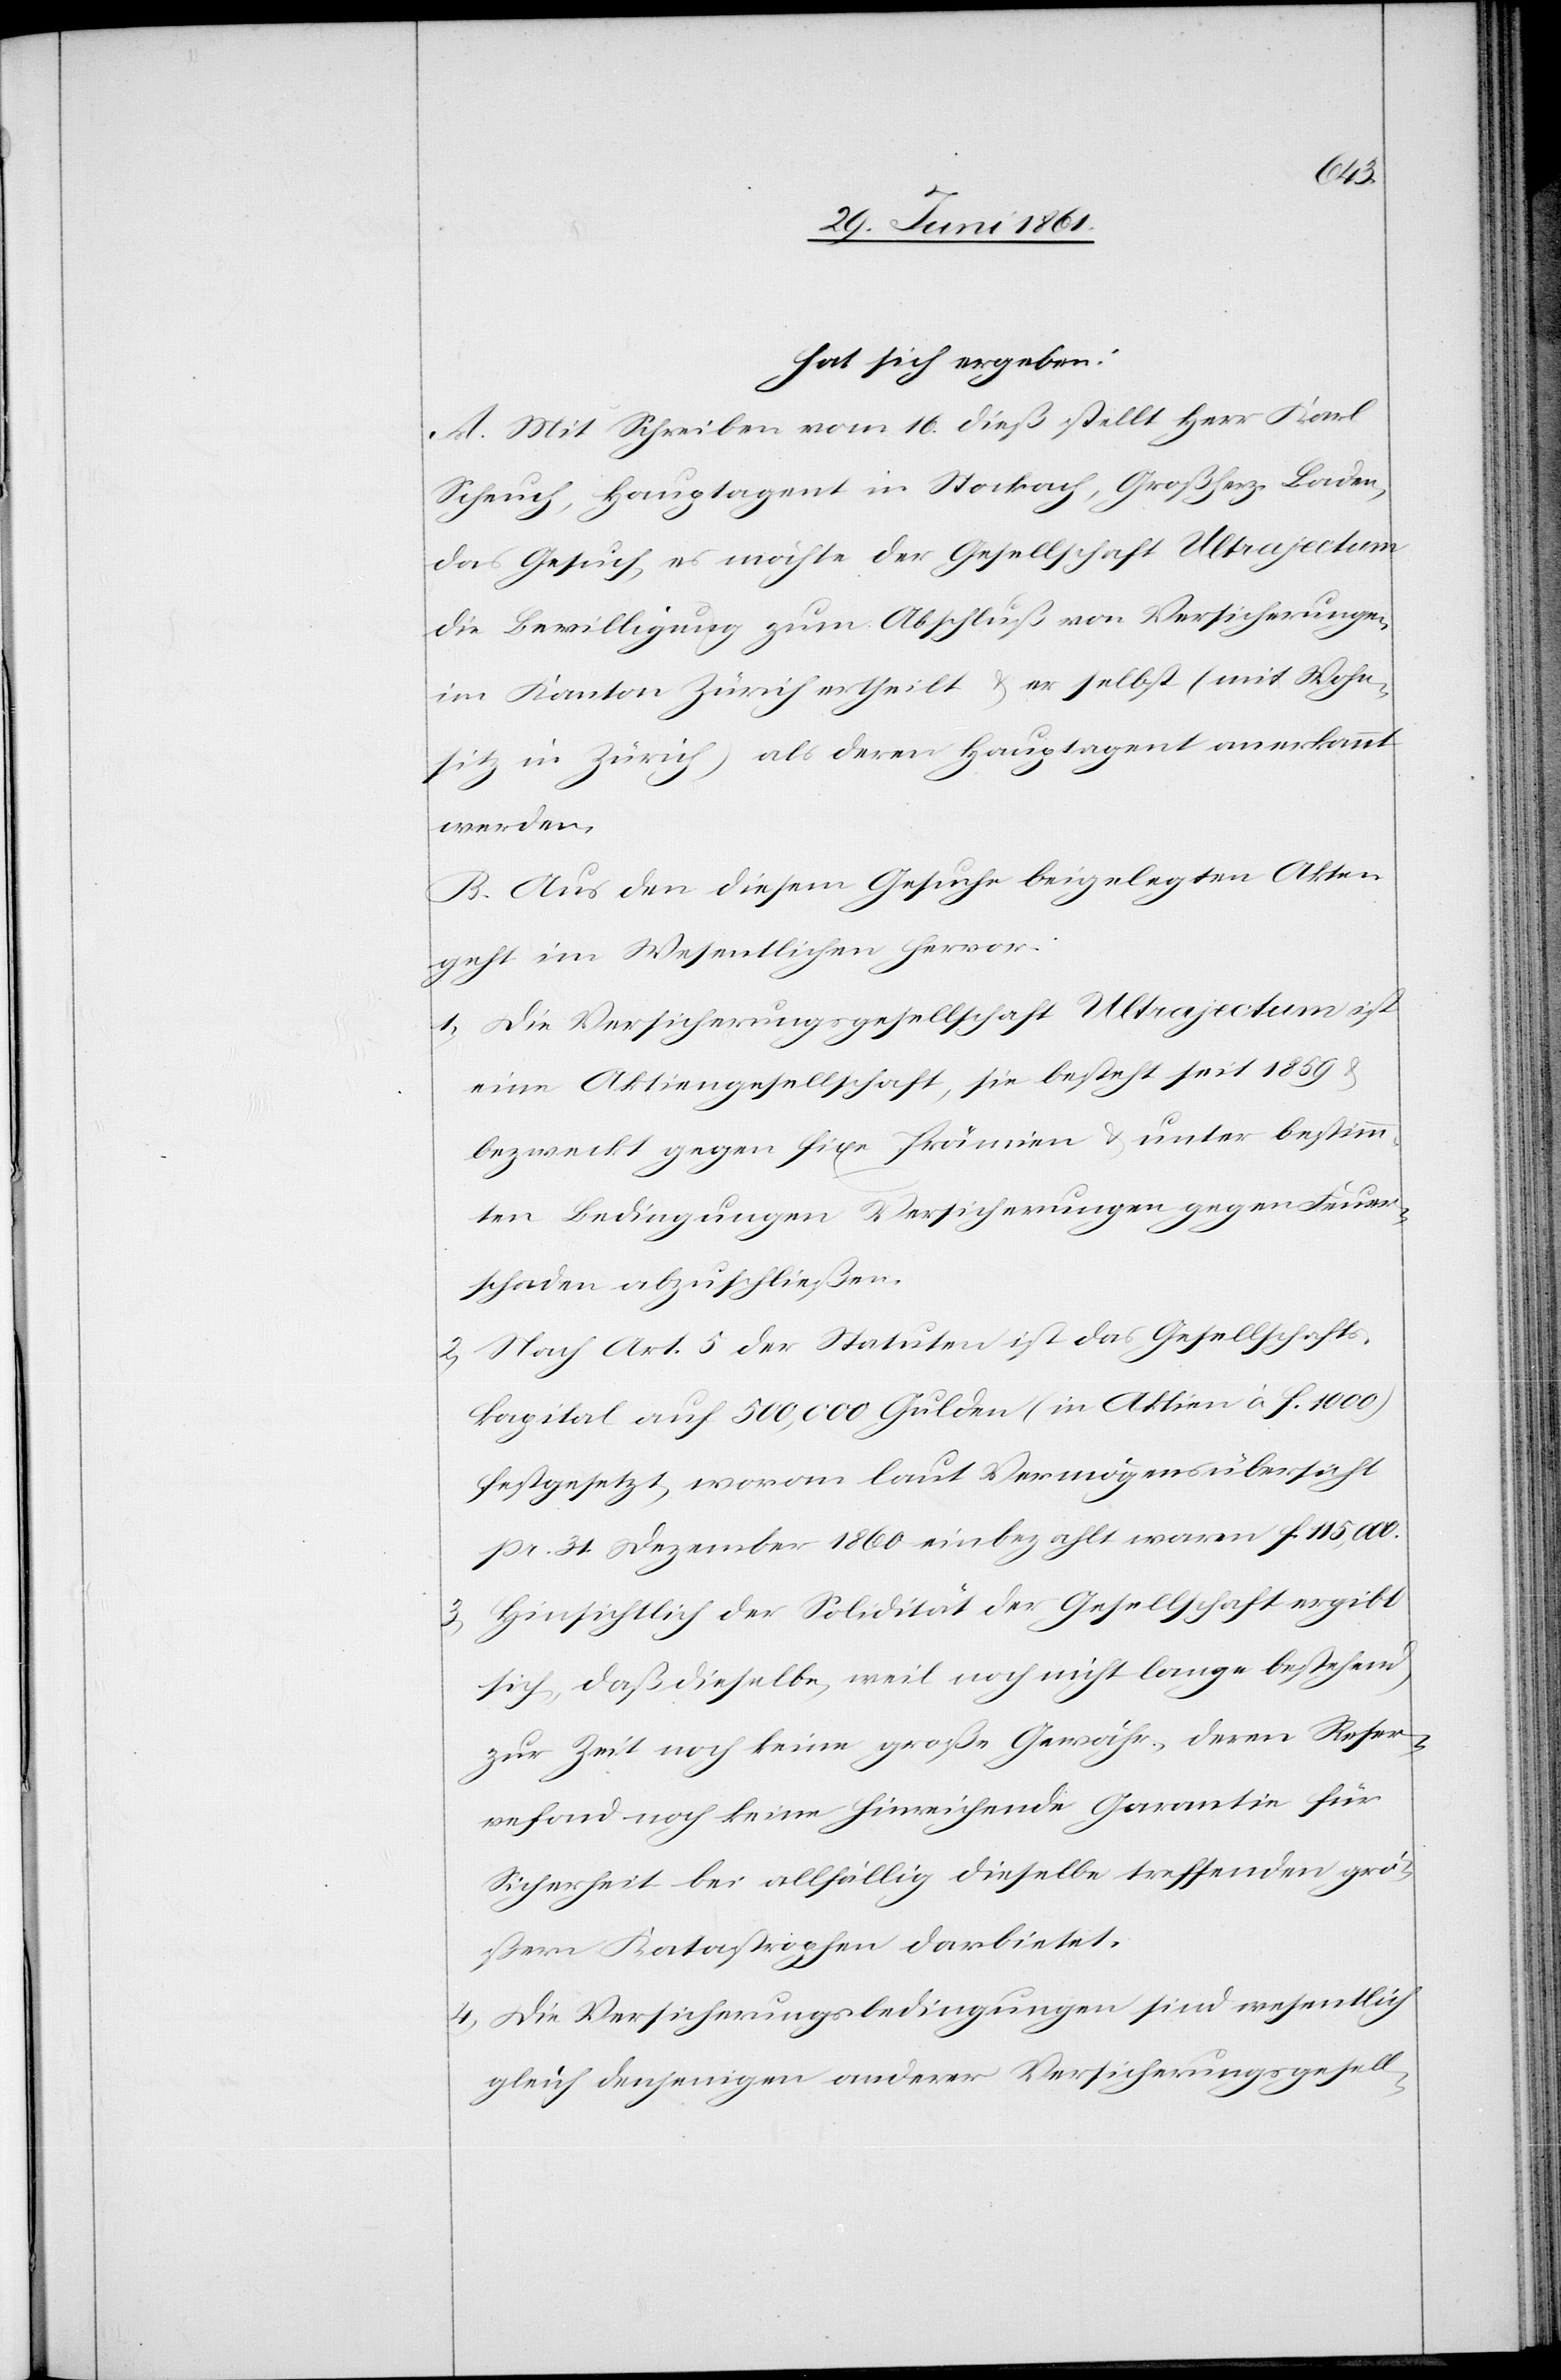
hat sich ergeben:
A. Mit Schreiben vom 16. dieß stellt Herr Karl
Scheuch, Hauptagent in Stockach, Großherz. Baden,
das Gesuch, es möchte der Gesellschaft Ultrajectum
die Bewilligung zum Abschluß von Versicherungen
im Kanton Zürich ertheilt u. er selbst (mit Wohn¬
sitz in Zürich) als deren Hauptagent anerkannt
werden.
B. Aus den diesem Gesuche beigelegten Akten
geht im Wesentlichen hervor:
1) Die Versicherungsgesellschaft Ultrajectum ist
eine Aktiengesellschaft, sie besteht seit 1859 u.
bezweckt gegen fixe Prämien u. unter bestimm¬
ten Bedingungen Versicherungen gegen Feuer¬
schaden abzuschließen.
2) Nach Art. 5 der Statuten ist das Gesellschafts¬
kapital auf 500,000 Gulden (in Aktien à f. 1000)
festgesetzt, woran laut Vermögensübersicht
pr. 31. Dezember 1860 einbezahlt waren f. 115,000.
3) Hinsichtlich der Solidität der Gesellschaft ergibt
sich, daß dieselbe, weil noch nicht lange bestehend,
zur Zeit noch keine große Gewähr, deren Reser¬
vefond noch keine hinreichende Garantie für
Sicherheit bei allfällig dieselbe treffenden grö¬
ßern Katastrophen darbieten.
4) Die Versicherungsbedingungen sind wesentlich
gleich denjenigen anderer Versicherungsgesell-